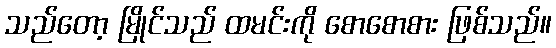
သည်တော့ မြိုင်သည် ထမင်းကို စောစောစား ဖြစ်သည်။